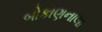
બોકાણનાલા